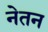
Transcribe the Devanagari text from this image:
नेतन